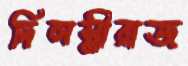
দিলস্নীরাজ